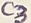
Text: C3